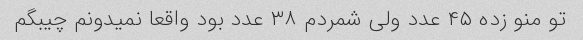
تو منو زده ۴۵ عدد ولی شمردم ۳۸ عدد بود واقعا نمیدونم چیبگم